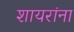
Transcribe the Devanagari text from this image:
शायरांना